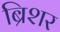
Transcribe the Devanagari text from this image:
ब्रिशर